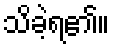
သိခဲ့ရ၏။